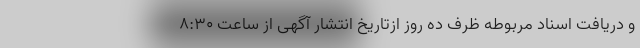
و دریافت اسناد مربوطه ظرف ده روز ازتاریخ انتشار آگهی از ساعت 8:30